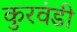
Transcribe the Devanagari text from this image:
कुरवंडी